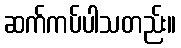
ဆက်ကပ်ပါသတည်း။